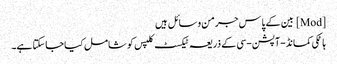
[Mod] بین کے پاس جرمن وسائل ہیں
ہاٹکی کمانڈ-آپشن-سی کے ذریعہ ٹیکسٹ کلپس کو شامل کیا جاسکتا ہے۔